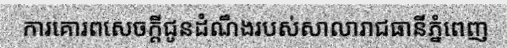
ការគោរពសេចក្តីជូនដំណឹងរបស់សាលារាជធានីភ្នំពេញ